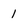
Character: 1